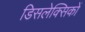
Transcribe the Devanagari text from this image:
डिसलेक्सिकों